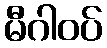
မီဂါဝပ်